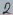
Text: 2